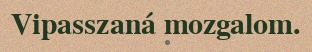
Vipasszaná mozgalom.